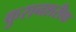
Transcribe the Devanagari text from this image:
कुरानशरीफ